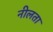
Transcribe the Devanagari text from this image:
नीलता